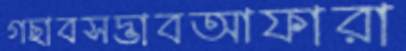
গছাবসদ্ভাবআফারা